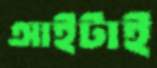
আইটাই